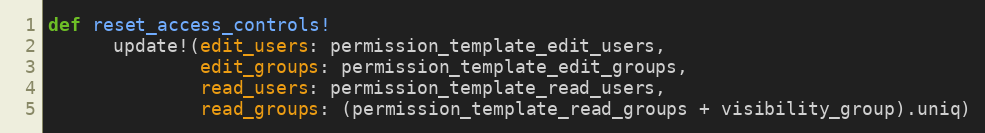
Language: Ruby
def reset_access_controls!
      update!(edit_users: permission_template_edit_users,
              edit_groups: permission_template_edit_groups,
              read_users: permission_template_read_users,
              read_groups: (permission_template_read_groups + visibility_group).uniq)